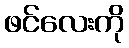
ဖင်လေးကို